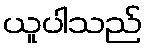
ယူပါသည်